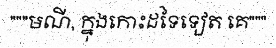
"""មណី, ក្នុងកោះដទៃទៀត គេ"""